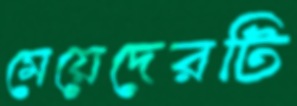
মেয়েদেরটি